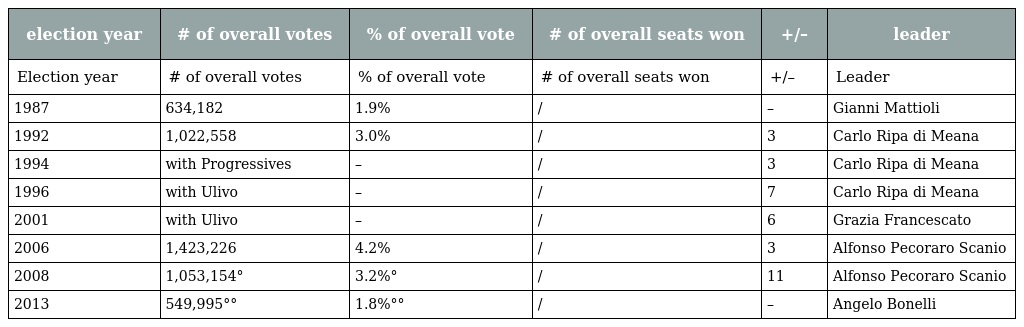
| election year | # of overall votes | % of overall vote | # of overall seats won | +/– | leader |
 | --- | --- | --- | --- | --- | --- |
 | Election year | # of overall votes | % of overall vote | # of overall seats won | +/– | Leader |
 | 1987 | 634,182 | 1.9% | / | – | Gianni Mattioli |
 | 1992 | 1,022,558 | 3.0% | / | 3 | Carlo Ripa di Meana |
 | 1994 | with Progressives | – | / | 3 | Carlo Ripa di Meana |
 | 1996 | with Ulivo | – | / | 7 | Carlo Ripa di Meana |
 | 2001 | with Ulivo | – | / | 6 | Grazia Francescato |
 | 2006 | 1,423,226 | 4.2% | / | 3 | Alfonso Pecoraro Scanio |
 | 2008 | 1,053,154° | 3.2%° | / | 11 | Alfonso Pecoraro Scanio |
 | 2013 | 549,995°° | 1.8%°° | / | – | Angelo Bonelli |